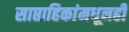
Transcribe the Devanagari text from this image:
साप्ताहिकांमधूनही